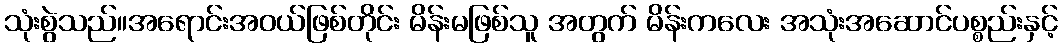
သုံးစွဲသည်။အရောင်းအဝယ်ဖြစ်တိုင်း မိန်းမဖြစ်သူ အတွက် မိန်းကလေး အသုံးအဆောင်ပစ္စည်းနှင့်